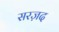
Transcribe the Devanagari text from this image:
सरज़द